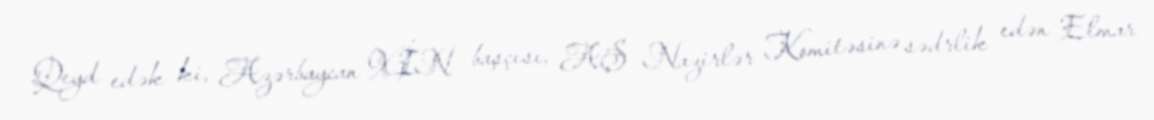
Qeyd edək ki, Azərbaycan XİN başçısı, AŞ Nazirlər Komitəsinə sədrlik edən Elmar